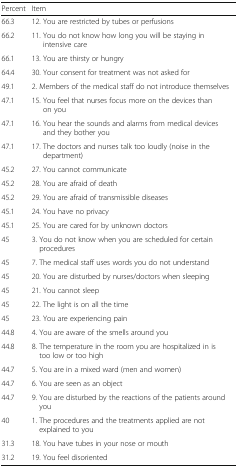
| Percent | Item |
 | --- | --- |
 | 66.3 | 12. You are restricted by tubes or perfusions |
 | 66.2 | 11. You do not know how long you will be staying in intensive care |
 | 66.1 | 13. You are thirsty or hungry |
 | 64.4 | 30. Your consent for treatment was not asked for |
 | 49.1 | 2. Members of the medical staff do not introduce themselves |
 | 47.1 | 15. You feel that nurses focus more on the devices than on you |
 | 47.1 | 16. You hear the sounds and alarms from medical devices and they bother you |
 | 47.1 | 17. The doctors and nurses talk too loudly (noise in the department) |
 | 45.2 | 27. You cannot communicate |
 | 45.2 | 28. You are afraid of death |
 | 45.2 | 29. You are afraid of transmissible diseases |
 | 45.1 | 24. You have no privacy |
 | 45.1 | 25. You are cared for by unknown doctors |
 | 45 | 3. You do not know when you are scheduled for certain procedures |
 | 45 | 7. The medical staff uses words you do not understand |
 | 45 | 20. You are disturbed by nurses/doctors when sleeping |
 | 45 | 21. You cannot sleep |
 | 45 | 22. The light is on all the time |
 | 45 | 23. You are experiencing pain |
 | 44.8 | 4. You are aware of the smells around you |
 | 44.8 | 8. The temperature in the room you are hospitalized in is too low or too high |
 | 44.7 | 5. You are in a mixed ward (men and women) |
 | 44.7 | 6. You are seen as an object |
 | 44.7 | 9. You are disturbed by the reactions of the patients around you |
 | 40 | 1. The procedures and the treatments applied are not explained to you |
 | 31.3 | 18. You have tubes in your nose or mouth |
 | 31.2 | 19. You feel disoriented |